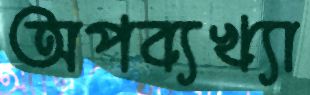
অপব্যখ্যা